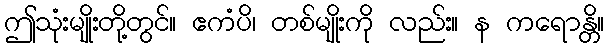
ဤသုံးမျိုးတို့တွင်။ ဧကံပိ၊ တစ်မျိုးကို လည်း။ န ကရောန္တိ။